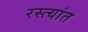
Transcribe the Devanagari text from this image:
रस्त्यांत